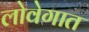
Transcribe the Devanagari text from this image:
लोवेगात